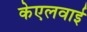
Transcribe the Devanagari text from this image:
केएलवाई